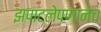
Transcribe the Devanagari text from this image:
झपाटलेपणानेच